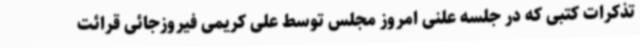
تذکرات کتبی که در جلسه علنی امروز مجلس توسط علی کریمی فیروزجائی قرائت